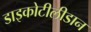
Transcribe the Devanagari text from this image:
डाइकोटीलीडान